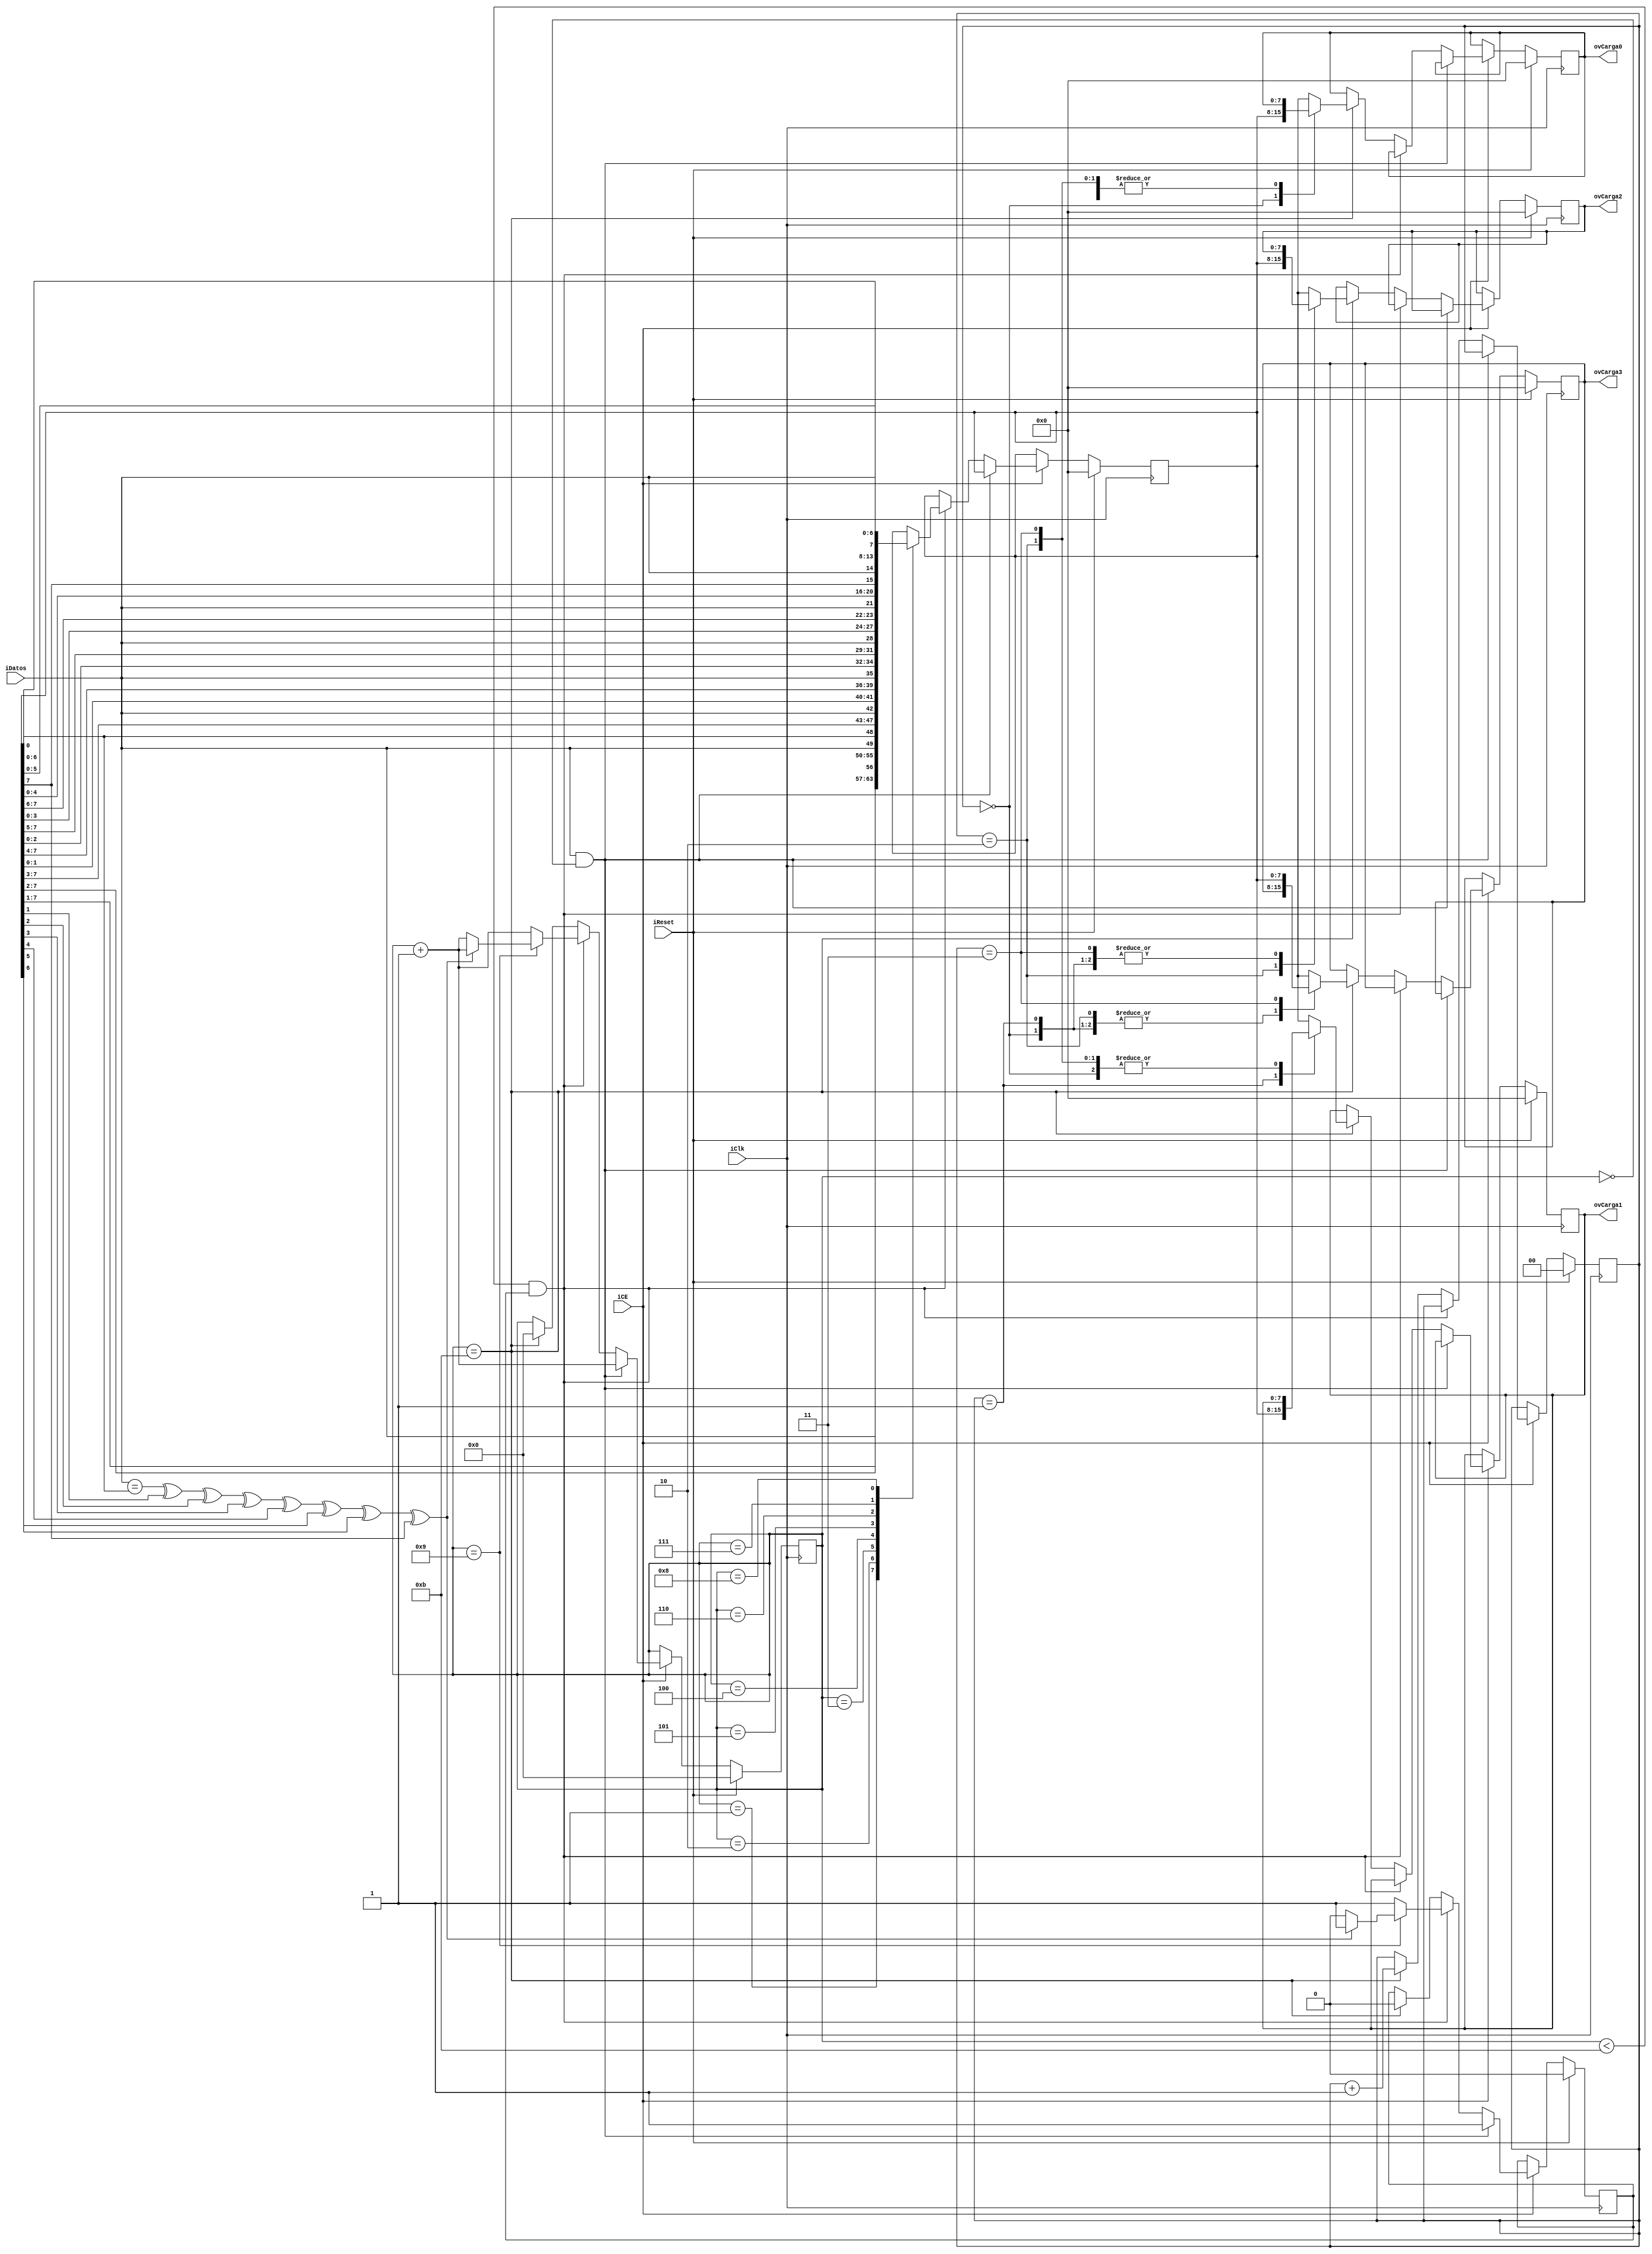
`timescale 1ns / 1ps
//////////////////////////////////////////////////////////////////////////////////
// Company: 
// Engineer: 
// 
// Design Name: 
// Module Name:    receptor 
// Project Name: 
// Target Devices: 
// Tool versions: 
// Description: 
//
// Dependencies: 
//
// Revision: 
// Revision 0.01 - File Created
// Additional Comments: 
//
//////////////////////////////////////////////////////////////////////////////////
module receptor(
input iDatos,
input iClk,
input iCE,
input iReset,
output [7:0]ovCarga0,
output [7:0]ovCarga1,
output [7:0]ovCarga2,
output [7:0]ovCarga3


);

reg [7:0]rvCarga_Q;
reg [7:0]rvCarga_D;
reg rRead_D=0;//1 Significa que empieza a leer los datos 0 significa que est en standby
reg rRead_Q=0;
reg [7:0]rvLetra0_D;
reg [7:0]rvLetra0_Q;
reg [7:0]rvLetra1_D;
reg [7:0]rvLetra1_Q;
reg [7:0]rvLetra2_D;
reg [7:0]rvLetra2_Q;
reg [7:0]rvLetra3_D;
reg [7:0]rvLetra3_Q;
reg [3:0]rvCount_D=0;
reg [3:0]rvCount_Q=0;
reg [1:0]rvIndex_D=0;
reg [1:0]rvIndex_Q=0;

assign ovCarga0=rvLetra0_Q;
assign ovCarga1=rvLetra1_Q;
assign ovCarga2=rvLetra2_Q;
assign ovCarga3=rvLetra3_Q;

always@(posedge iClk)
begin
	if(iReset)
	begin
		rvCarga_Q<=0;
		rvCount_Q<=0;
		rvLetra0_Q<=0;
		rvLetra1_Q<=0;
		rvLetra2_Q<=0;
		rvLetra3_Q<=0;
		rRead_Q<=0;
		rvIndex_Q<=0;
	end
	else
	begin
		if(iCE)
		begin
			rvCarga_Q<=rvCarga_D;
			rvLetra0_Q<=rvLetra0_D;
			rvLetra1_Q<=rvLetra1_D;
			rvLetra2_Q<=rvLetra2_D;
			rvLetra3_Q<=rvLetra3_D;
			rvCount_Q<=rvCount_D;
			rRead_Q<=rRead_D;
			rvIndex_Q<=rvIndex_D;
		end
		else
		begin
			rvCarga_Q<=rvCarga_Q;
			rvLetra0_Q<=rvLetra0_Q;
			rvLetra1_Q<=rvLetra1_Q;
			rvLetra2_Q<=rvLetra2_Q;
			rvLetra3_Q<=rvLetra3_Q;
			rRead_Q<=rRead_Q;
			rvCount_Q<=rvCount_Q;
			rvIndex_Q<=rvIndex_Q;
		end
	end
end

always@*
begin
rvCarga_D=rvCarga_Q;
rvLetra0_D=rvLetra0_Q;
rvLetra1_D=rvLetra1_Q;
rvLetra2_D=rvLetra2_Q;
rvLetra3_D=rvLetra3_Q;
rvIndex_D=rvIndex_Q;

	if(iDatos==1 && rvCount_Q==0)
	begin
		rRead_D=1;
		rvCount_D=rvCount_Q+4'd1;
		
	end
	else
		begin
		if(rvCount_Q<11 && rRead_Q==1)
		begin
			rRead_D=1;
			rvCount_D=rvCount_Q+4'd1;
			case(rvCount_Q)
				4'd1:rvCarga_D={rvCarga_Q[7:1],iDatos};
				4'd2:rvCarga_D={rvCarga_Q[7:2],iDatos,rvCarga_Q[0]};
				4'd3:rvCarga_D={rvCarga_Q[7:3],iDatos,rvCarga_Q[1:0]};
				4'd4:rvCarga_D={rvCarga_Q[7:4],iDatos,rvCarga_Q[2:0]};
				4'd5:rvCarga_D={rvCarga_Q[7:5],iDatos,rvCarga_Q[3:0]};
				4'd6:rvCarga_D={rvCarga_Q[7:6],iDatos,rvCarga_Q[4:0]};
				4'd7:rvCarga_D={rvCarga_Q[7],iDatos,rvCarga_Q[5:0]};
				4'd8:rvCarga_D={iDatos,rvCarga_Q[6:0]};
				4'd10:rvCarga_D=rvCarga_Q;
				4'd9:begin
						if(iDatos==rvCarga_Q[0]^rvCarga_Q[1]^rvCarga_Q[2]^rvCarga_Q[3]^rvCarga_Q[4]^rvCarga_Q[5]^rvCarga_Q[6]^rvCarga_Q[7])
						begin
							rvCount_D=rvCount_Q+4'd1;
						end
						else
						begin
							rvCount_D=rvCount_Q+1;
							rRead_D=0;
						end
					end
				default:rvCarga_D=rvCarga_Q;
			endcase
		end
		else if(rvCount_Q==11)//fin de la cuenta o bit de finalizacin
		begin
			rRead_D=0;
			rvCount_D=0;
			rvIndex_D=rvIndex_Q+2'd1;
			
			case(rvIndex_Q)
				2'd0:rvLetra0_D = rvCarga_Q;
				2'd1:rvLetra1_D = rvCarga_Q;
				2'd2:rvLetra2_D = rvCarga_Q;
				2'd3:rvLetra3_D = rvCarga_Q;
				default:begin
					rvLetra0_D=rvLetra0_Q;
					rvLetra1_D=rvLetra1_Q;
					rvLetra2_D=rvLetra2_Q;
					rvLetra3_D=rvLetra3_Q;
				end
			endcase
		end
		else
		begin
			rRead_D=rRead_Q;
			rvCount_D=rvCount_Q;
			
		end
	end
end


endmodule